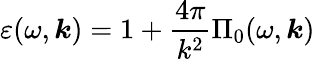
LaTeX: \varepsilon(\omega,\boldsymbol{k})=1+\frac{4\pi}{k^{2}}\Pi_{0}(\omega,\boldsymbol{k})